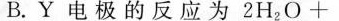
B.Y电极的反应为$$2 H _{ 2 } O +